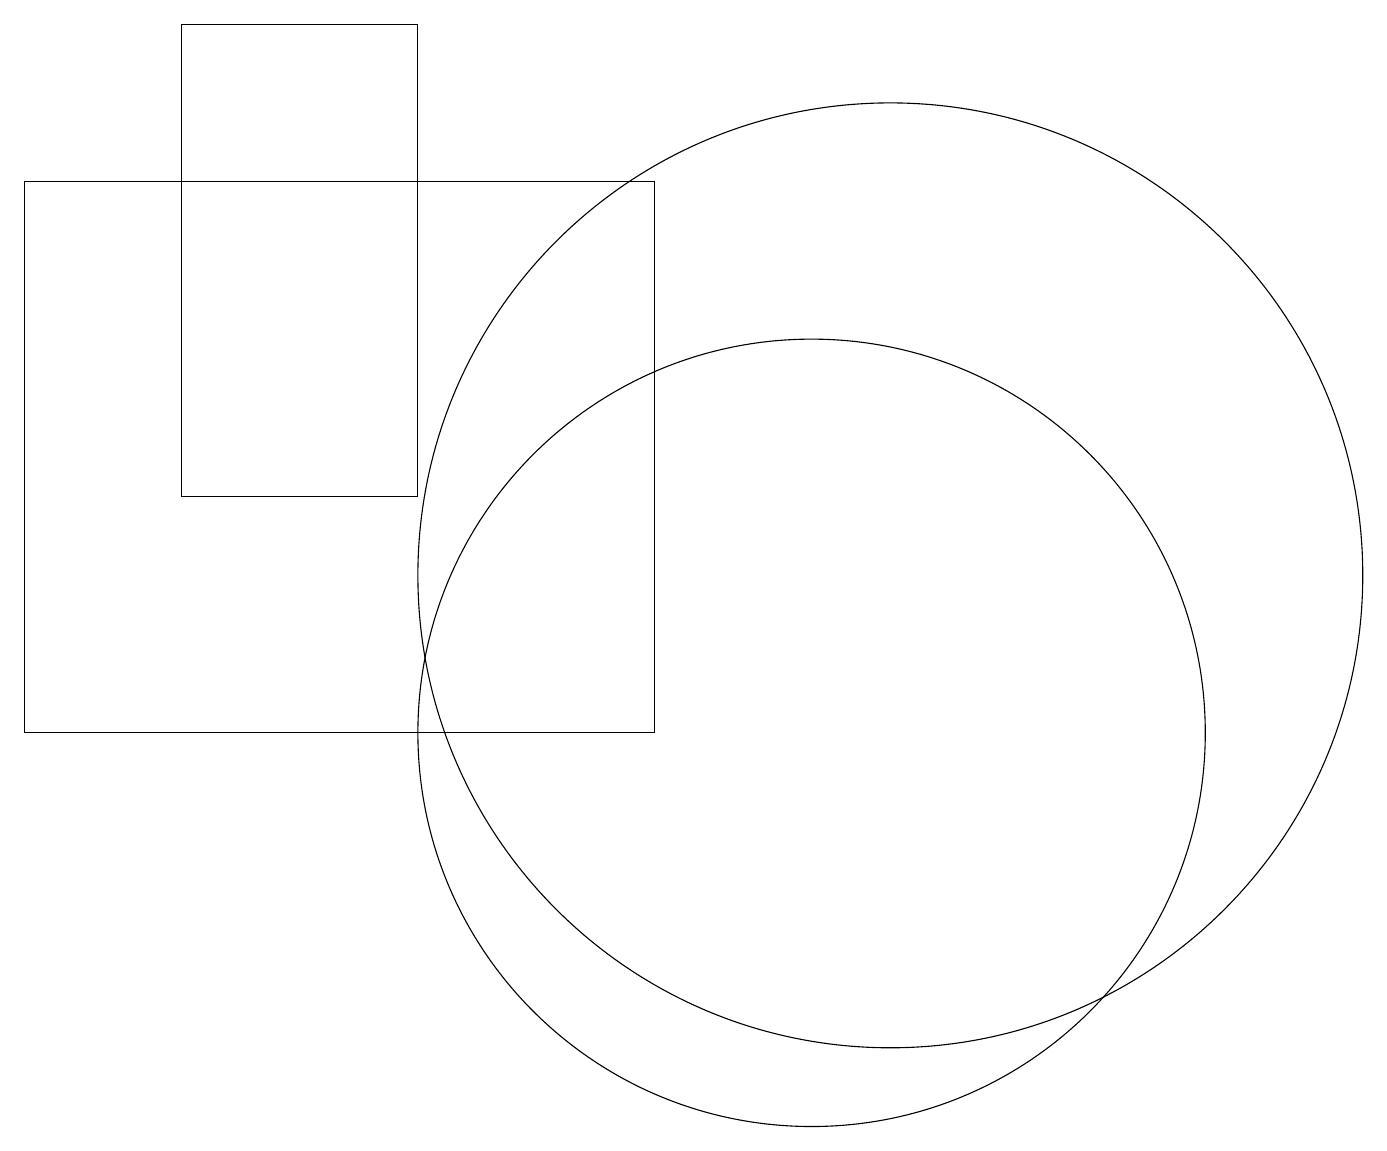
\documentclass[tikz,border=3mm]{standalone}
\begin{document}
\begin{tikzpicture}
\draw (11,10) circle (5);
\draw (12,12) circle (6);
\draw (6,19) rectangle (3,13);
\draw (9,17) rectangle (1,10);
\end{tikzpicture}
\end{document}